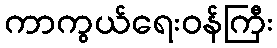
ကာကွယ်ရေးဝန်ကြီး